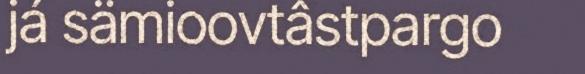
já sämioovtâstpargo